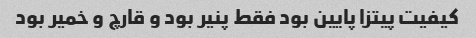
کیفیت پیتزا پایین بود فقط پنیر بود و قارچ و خمیر بود